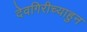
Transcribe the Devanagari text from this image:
देवगिरीच्याहुन